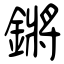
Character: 鏘